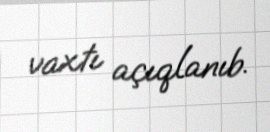
vaxtı açıqlanıb.